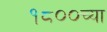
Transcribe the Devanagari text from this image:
१८००च्या